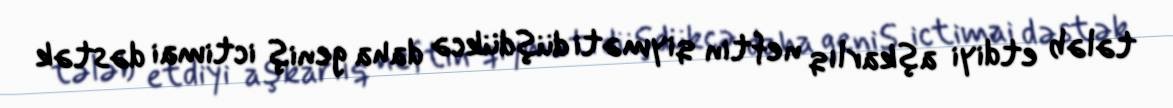
tələb etdiyi aşkarlıq neftin qiyməti düşdükcə daha geniş ictimai dəstək